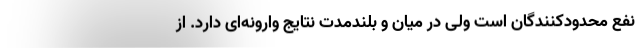
نفع محدودکنندگان است ولی در میان و بلندمدت نتایج وارونه‌ای دارد. از